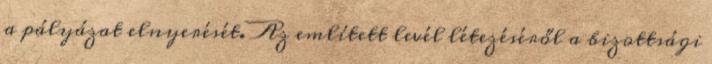
a pályázat elnyerését. Az említett levél létezéséről a bizottsági